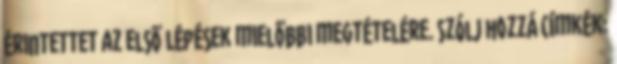
érintettet az első lépések mielőbbi megtételére. Szólj hozzá Címkék: